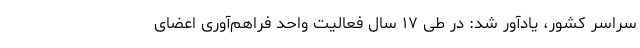
سراسر کشور،‌ یادآور شد: در طی ۱۷ سال فعالیت واحد فراهم‌آوری اعضای